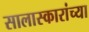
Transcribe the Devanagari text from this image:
सालास्कारांच्या